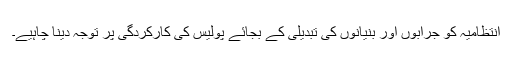
انتظامیہ کو جرابوں اور بنیانوں کی تبدیلی کے بجائے پولیس کی کارکردگی پر توجہ دینا چاہیے۔